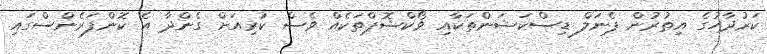
ކަރުދާހުގެ އިތުރުން ޕެނަލް ޑިސްކަޝަންތަކާއި ވޯކްޝޮޕްތަކެއް ވެސް ކުރިއަށް ގެންދާ އެ ކޮންފަރެންސްގައި